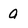
Character: a